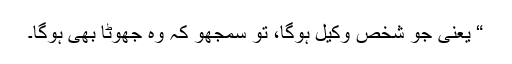
“ یعنی جو شخص وکیل ہوگا، تو سمجھو کہ وہ جھوٹا بھی ہوگا۔